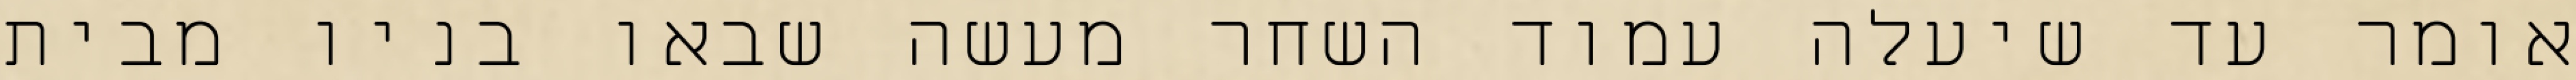
אומר עד שיעלה עמוד השחר מעשה שבאו בניו מבית